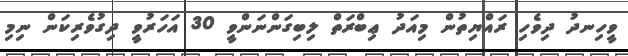
ވީހިނދު ދިވެހި ރައްޔިތުން މިއަދު ޢިބްރަތް ލިބިގަންނަންވީ 30 އަހަރުވީ ދިގުވެރިކަން ނިމި